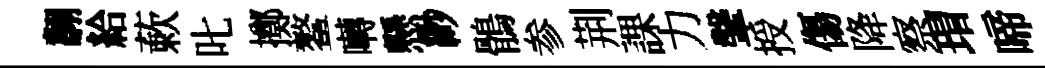
翿給蔌叱擲鳌囀懸緲鶻参荆課力鞶授傷降察瑁啼